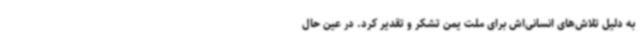
به دلیل تلاش‌های انسانی‌اش برای ملت یمن تشکر و تقدیر کرد. در عین حال